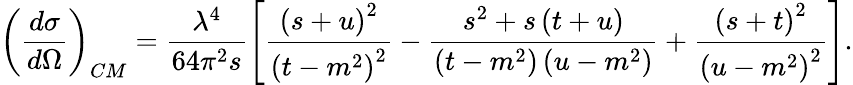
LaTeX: \left(\frac{d\sigma}{d\Omega}\right)_{CM}=\frac{\lambda^{4}}{64\pi^{2}s}\left[\frac{\left(s+u\right)^{2}}{\left(t-m^{2}\right)^{2}}-\frac{s^{2}+s\left(t+u\right)}{\left(t-m^{2}\right)\left(u-m^{2}\right)}+\frac{\left(s+t\right)^{2}}{\left(u-m^{2}\right)^{2}}\right].